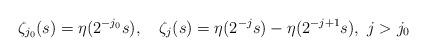
LaTeX: \begin{align*}\zeta_{j_0}(s)=\eta(2^{-j_0} s), \ \ \ \zeta_j(s)=\eta(2^{-j} s)-\eta(2^{-j+1} s), \ j> j_0\end{align*}